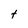
Character: t